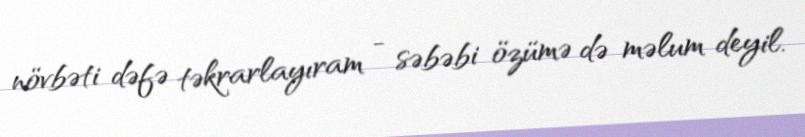
növbəti dəfə təkrarlayıram - səbəbi özümə də məlum deyil.